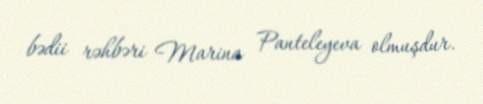
bədii rəhbəri Marina Panteleyeva olmuşdur.